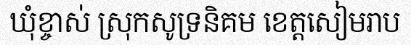
ឃុំខ្ចាស់ ស្រុកសូទ្រនិគម ខេត្តសៀមរាប